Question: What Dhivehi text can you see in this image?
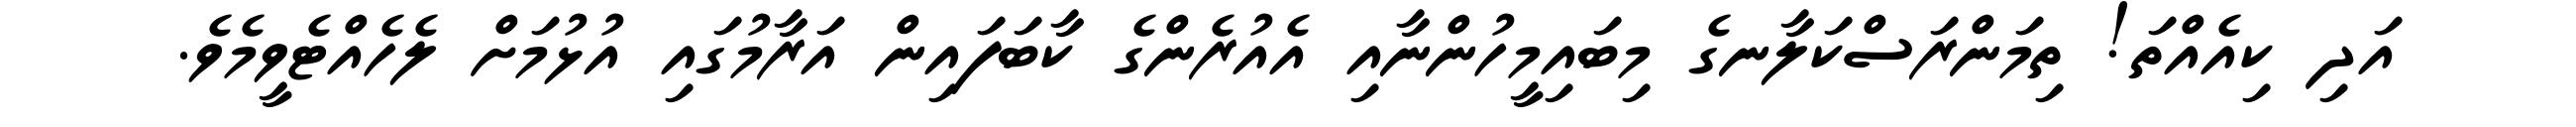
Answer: އަދި ކިއެއްތަ! ތިމަންރަސްކަލާނގެ މިބައިމީހުންނާއި އެއުރެންގެ ކާބަފައިން އަރާމުގައި އުޅުމަށް ލެހެއްޓެވީމެވެ.